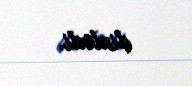
dinlədi.